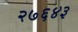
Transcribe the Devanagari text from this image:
२७६४३